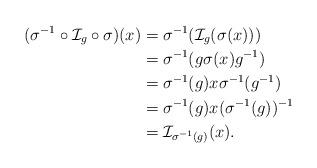
LaTeX: \begin{align*} (\sigma ^{-1}\circ \mathcal{I}_g\circ \sigma)(x) & =\sigma ^{-1}(\mathcal{I}_g(\sigma(x))) \\ & =\sigma ^{-1}(g\sigma (x)g^{-1}) \\ & =\sigma ^{-1}(g)x\sigma^{-1} (g^{-1}) \\ & =\sigma ^{-1}(g)x(\sigma^{-1} (g))^{-1} \\ & =\mathcal{I}_{\sigma^{-1}(g)}(x). \end{align*}